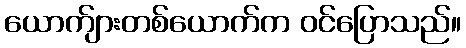
ယောက်ျားတစ်ယောက်က ဝင်ပြောသည်။